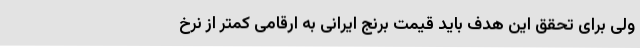
ولی برای تحقق این هدف باید قیمت برنج ایرانی به ارقامی کمتر از نرخ